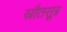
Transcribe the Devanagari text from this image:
स्रौतसूत्र